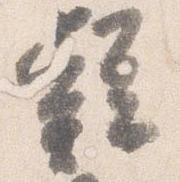
疑